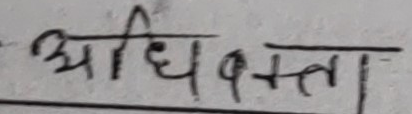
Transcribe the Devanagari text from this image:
अधिवक्ता